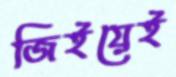
জিইয়েই